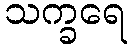
သက္ခရေ